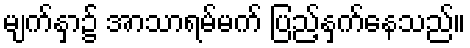
မျက်နှာ၌ အာသာရမ်မက် ပြည့်နှက်နေသည်။